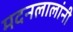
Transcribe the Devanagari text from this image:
मदनलालांनी